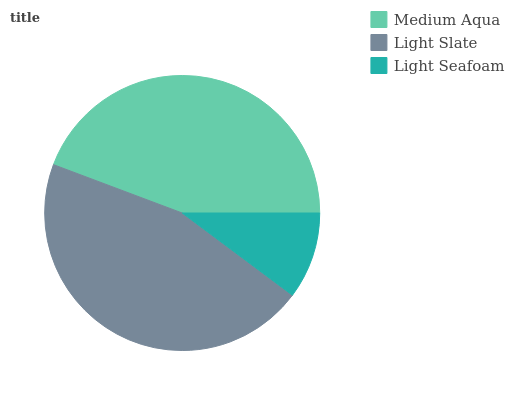
| Medium Aqua | Light Slate | Light Seafoam |
 | --- | --- | --- |
 | 44.3% | 45.5% | 10.2% |